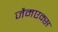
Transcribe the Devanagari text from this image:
जैमएक्स